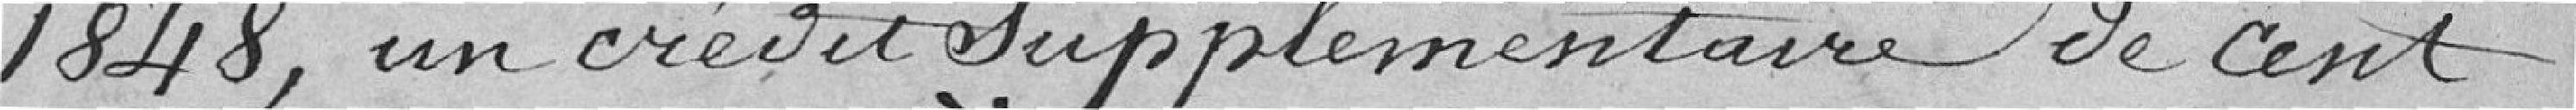
1848, un crédit supplémentaire de cent